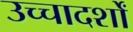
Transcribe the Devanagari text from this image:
उच्चादर्शों